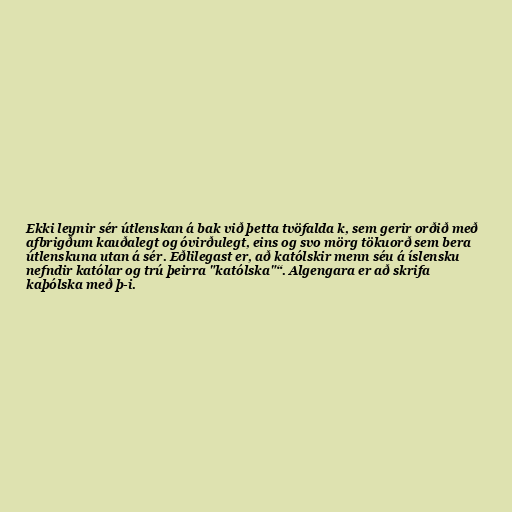
Ekki leynir sér útlenskan á bak við þetta tvöfalda k, sem gerir orðið með
afbrigðum kauðalegt og óvirðulegt, eins og svo mörg tökuorð sem bera
útlenskuna utan á sér. Eðlilegast er, að katólskir menn séu á íslensku
nefndir katólar og trú þeirra "katólska"“. Algengara er að skrifa
kaþólska með þ-i.